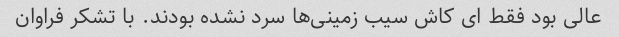
عالی بود فقط ای کاش سیب زمینی‌ها سرد نشده بودند. با تشکر فراوان